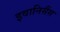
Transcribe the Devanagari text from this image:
इवानिसैंस